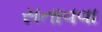
સતાવવા